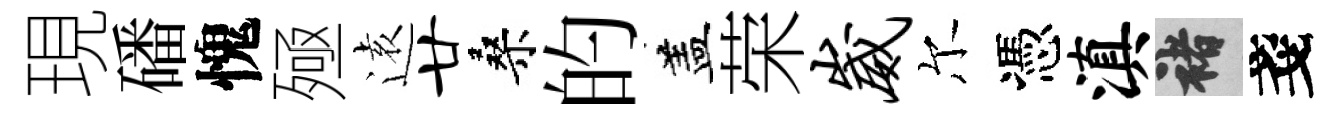
現磻愧殛逺廿桑的盖荣崴尔憑滇褚戔